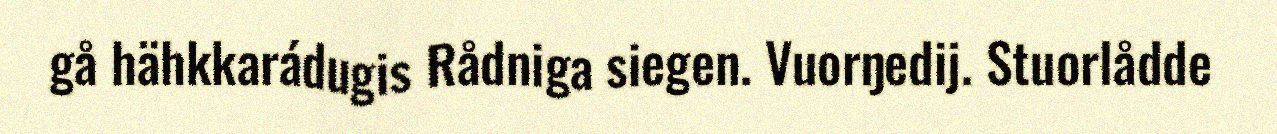
gå hähkkarádugis Rådniga siegen. Vuorŋedij. Stuorlådde